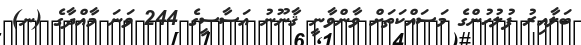
ބަލާއިރު ފުލުހުންގެ މަސައްކަތަށް ވާންވާނީ ޤާނޫނު އަސާސީގެ 244 ވަނަ މާއްދާގެ (ނ)